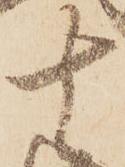
十